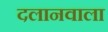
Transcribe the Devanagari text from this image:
दलानवाला